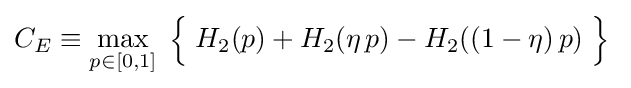
C_{E}\equiv \max _{p\in [0,1]}\;{\Big \{}\;H_{2}(p)+H_{2}(\eta \,p)-H_{2}((1-\eta )\,p)\;{\Big \}}\;